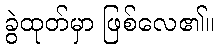
ခွဲထုတ်မှာ ဖြစ်လေ၏။